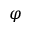
\varphi